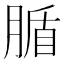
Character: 腯